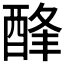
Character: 𨡃